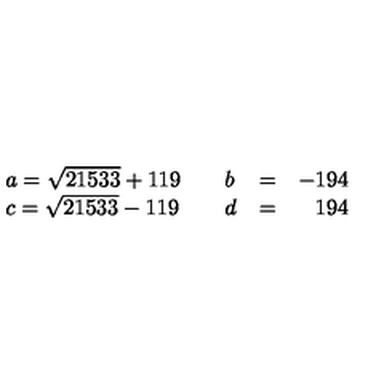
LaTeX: \left. \begin{array} { l l l l r } { a = \sqrt { 2 1 5 3 3 } + 1 1 9 } & { } & { b } & { = } & { - 1 9 4 } \\ { c = \sqrt { 2 1 5 3 3 } - 1 1 9 } & { } & { d } & { = } & { 1 9 4 } \\ \end{array} \right.